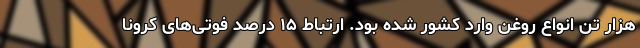
هزار تن انواع روغن وارد کشور شده بود. ارتباط ۱۵ درصد فوتی‌های کرونا